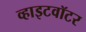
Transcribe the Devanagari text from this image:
व्हाइटवॉटर